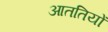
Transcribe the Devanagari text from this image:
आततियों